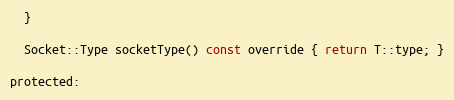
Language: C
  }

  Socket::Type socketType() const override { return T::type; }

protected: